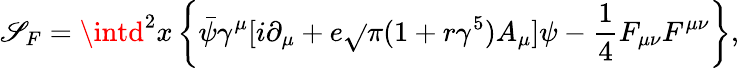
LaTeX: \mathscr{S}_{F}=\intd^{2}x\left\{ \bar{{\psi}}{\gamma}^{\mu}[i{\partial}_{\mu}+e\sqrt{}{{\pi}}(1+r{\gamma}^{5})A_{\mu}]{\psi}-{\frac{1}{4}}F_{{\mu}{\nu}}F^{{\mu}{\nu}}\right\} ,